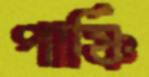
পার্ষ্ণি